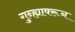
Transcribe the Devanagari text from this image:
गुन्ह्यावरून